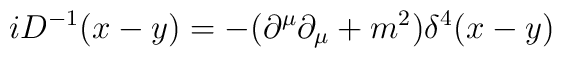
i D^{-1} (x-y)= -{(\partial^{\mu} \partial_{\mu} + m ^2)}{ \delta^4 (x-y)}